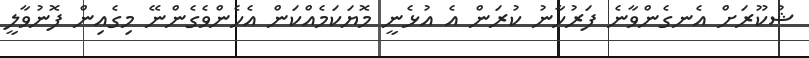
ޝުކޫރަށް އެނގެންވާނެ ފަރުހާނު ކުރަން އެ އުޅެނީ މޮޔަކަމެއްކަން އެހެންވެގެންނޭ މިގެއިން ފޮނުވާލީ